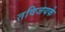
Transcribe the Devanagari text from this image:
तविजयके